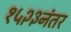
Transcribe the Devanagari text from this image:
१५२३नंतर